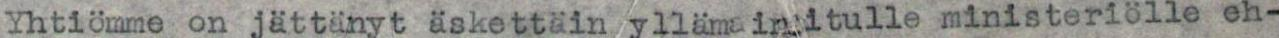
Yhtiömme on jättänyt äskettäin/yllämainitulle ministeriölle eh-